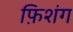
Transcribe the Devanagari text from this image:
फ़िशंग